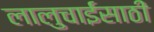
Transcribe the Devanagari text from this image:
लालुचाईंसाठीं